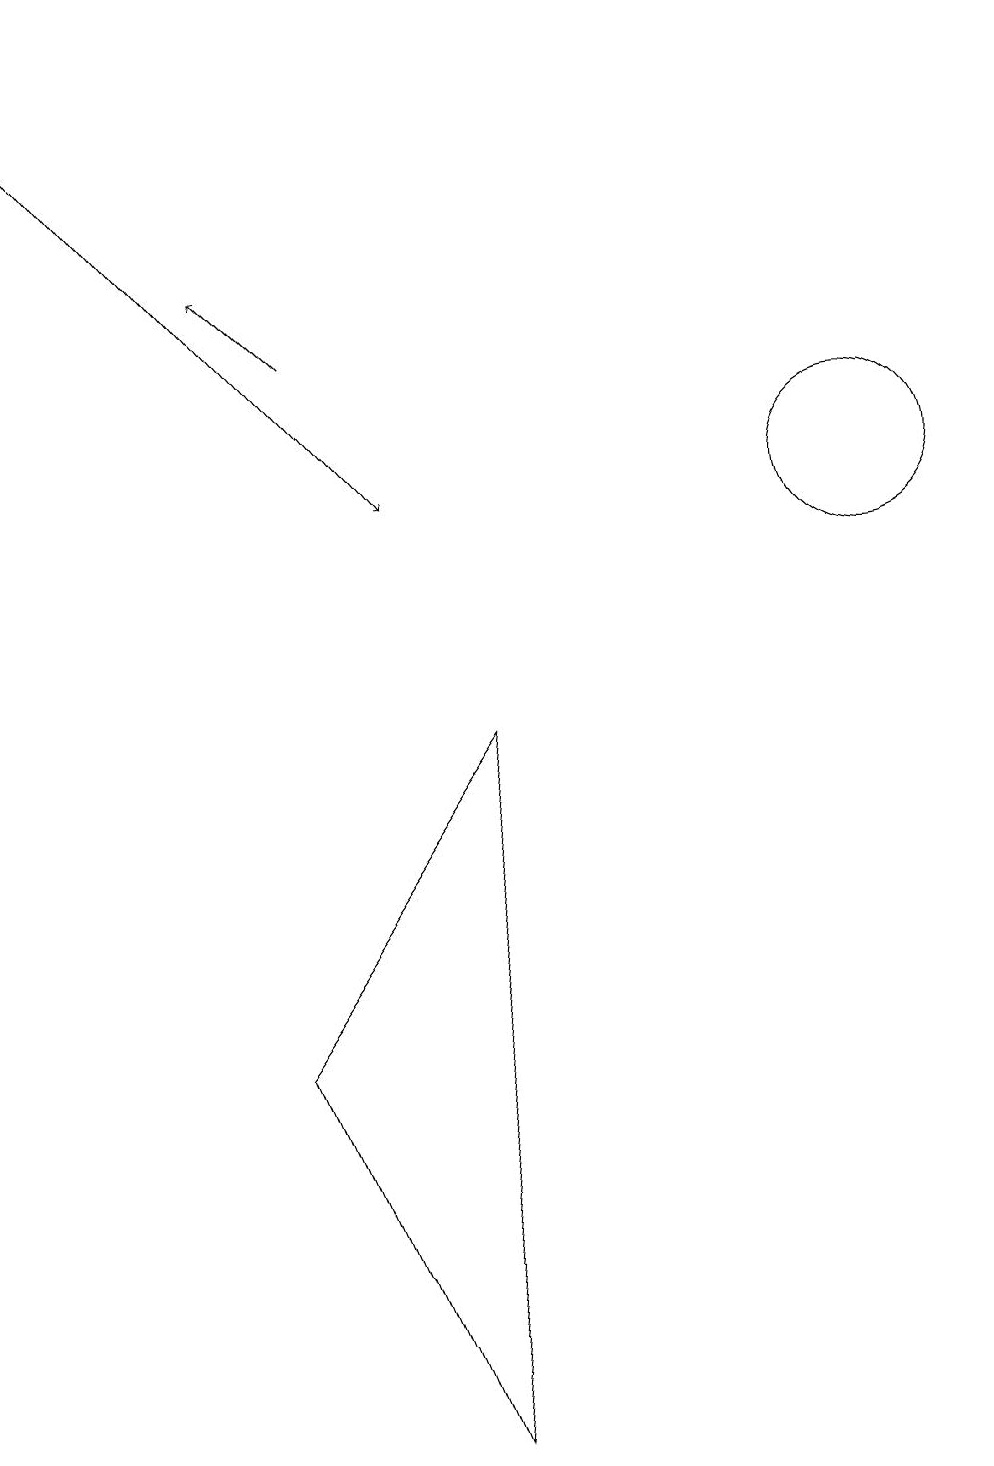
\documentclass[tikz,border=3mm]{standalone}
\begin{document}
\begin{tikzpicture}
\draw[->] (4,14) -- (3,15);
\draw (10,11) circle (0);
\draw (11,12) circle (1);
\draw[->] (0,18) -- (5,12);
\draw (6,9) -- (3,5) -- (5,0) -- cycle;
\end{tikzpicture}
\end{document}